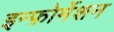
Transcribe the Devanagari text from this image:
इन्फ़ोर्मेशन